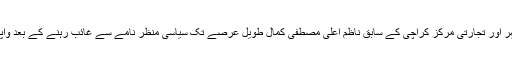
پاکستان کے جنوبی شہر اور تجارتی مرکز کراچی کے سابق ناظم اعلیٰ مصطفیٰ کمال طویل عرصے تک سیاسی منظر نامے سے غائب رہنے کے بعد واپس کراچی پہنچے ہیں۔